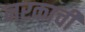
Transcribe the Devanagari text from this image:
नरकाची